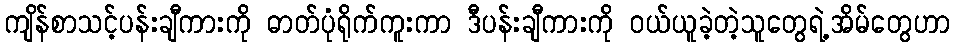
ကျိန်စာသင့်ပန်းချီကားကို ဓာတ်ပုံရိုက်ကူးကာ ဒီပန်းချီကားကို ဝယ်ယူခဲ့တဲ့သူတွေရဲ့အိမ်တွေဟာ